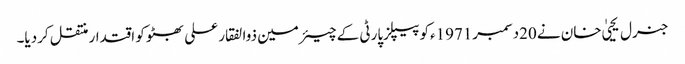
جنرل یحییٰ خان نے 20دسمبر1971ءکو پیپلزپارٹی کے چیئرمین ذوالفقار علی بھٹو کو اقتدار منتقل کردیا۔